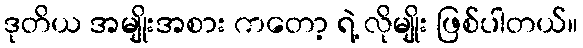
ဒုတိယ အမျိုးအစား ကတော့ ရဲ့ လိုမျိုး ဖြစ်ပါတယ်။